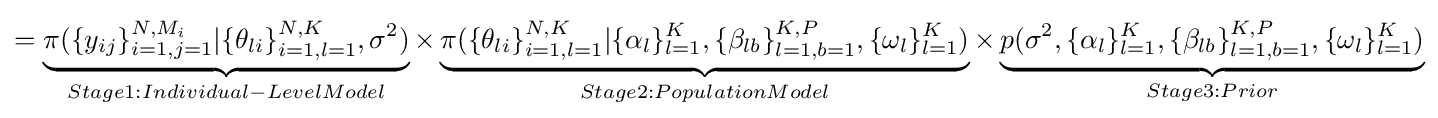
=\underbrace {\pi (\{y_{ij}\}_{i=1,j=1}^{N,M_{i}}|\{\theta _{li}\}_{i=1,l=1}^{N,K},\sigma ^{2})} _{Stage1:Individual-LevelModel}\times \underbrace {\pi (\{\theta _{li}\}_{i=1,l=1}^{N,K}|\{\alpha _{l}\}_{l=1}^{K},\{\beta _{lb}\}_{l=1,b=1}^{K,P},\{\omega _{l}\}_{l=1}^{K})} _{Stage2:PopulationModel}\times \underbrace {p(\sigma ^{2},\{\alpha _{l}\}_{l=1}^{K},\{\beta _{lb}\}_{l=1,b=1}^{K,P},\{\omega _{l}\}_{l=1}^{K})} _{Stage3:Prior}